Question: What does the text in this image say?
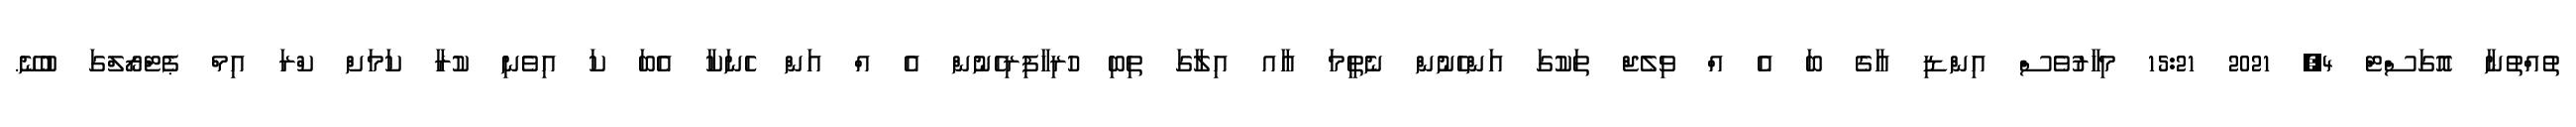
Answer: ތުއްތުނާ އޮގަސްޓް 4, 2021 15:21 މިހާރުވެސް އިންޑި އާގެ ބަ އެ އް ވިލެޖް ތަކުގަ އަންހެނުން ނެތީމަ އާއ އިލާގަ ތިބި ހުރިހާފިރިހެނުން އެ އް އަން ހެނަކާ އެބަ ކަ އިވެނި ކުރާ ކަމަށް ކްރަ އިމް ޕެޓްރޯލްގަ ބުނޭ.